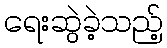
ရေးဆွဲခဲ့သည့်